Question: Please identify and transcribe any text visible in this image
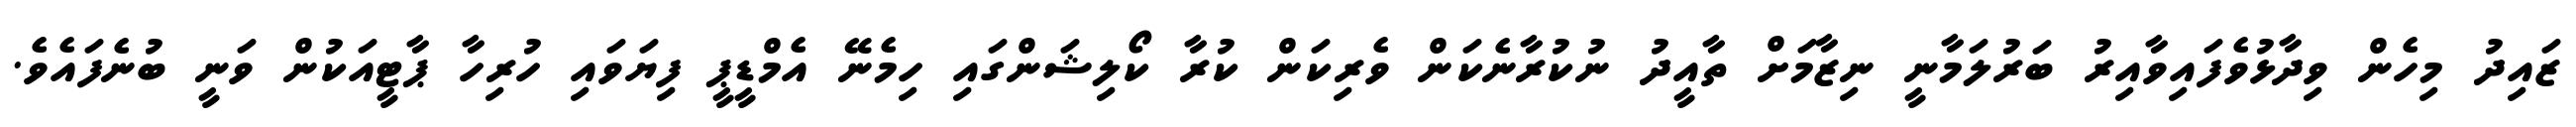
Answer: ޒައިދު މިހެން ވިދާޅުވެފައިވާއިރު ބަރުލަމާނީ ނިޒާމަށް ތާއީދު ނުކުރާނެކަން ވެރިކަން ކުރާ ކޯލިޝަންގައި ހިމެނޭ އެމްޑީޕީ ފިޔަވައި ހުރިހާ ޕާޓީއަކުން ވަނީ ބުނެފައެވެ.